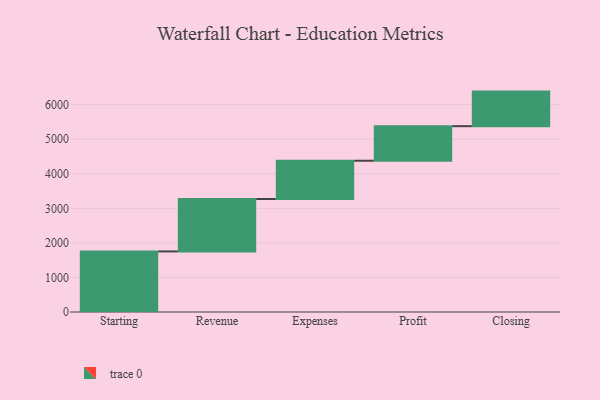
{"axis": {"x": "Step", "y": "Value"}, "legend": [""], "data": [{"x": "Starting", "y": 1752.0, "type": ""}, {"x": "Revenue", "y": 1517.0, "type": ""}, {"x": "Expenses", "y": 1107.0, "type": ""}, {"x": "Profit", "y": 1000, "type": ""}, {"x": "Closing", "y": 1000, "type": ""}]}